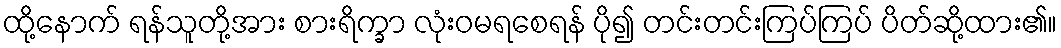
ထို့နောက် ရန်သူတို့အား စားရိက္ခာ လုံးဝမရစေရန် ပို၍ တင်းတင်းကြပ်ကြပ် ပိတ်ဆို့ထား၏။